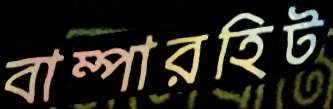
বাম্পারহিট